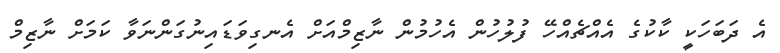
އެ ދަބަހަކީ ކާކުގެ އެއްޗެއްހޭ ފުލުހުން އެހުމުން ނާޒިމްއަށް އެނގިވަޑައިނުގަންނަވާ ކަމަށް ނާޒިމް